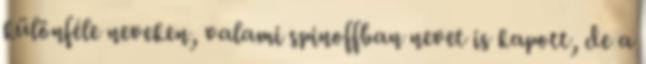
különféle neveken, valami spinoffban nevet is kapott, de a